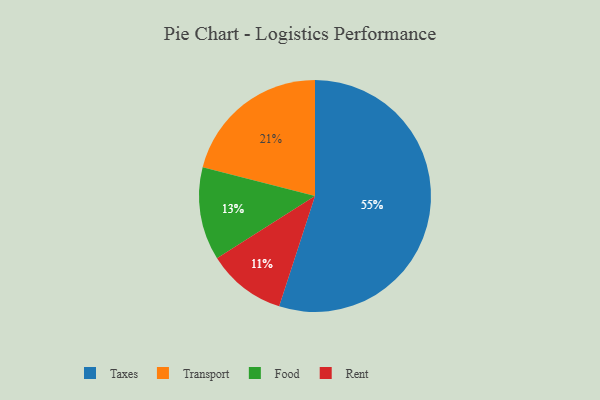
{"axis": {"x": "Category", "y": "Percentage"}, "legend": ["Food", "Rent", "Taxes", "Transport"], "data": [{"x": "Food", "y": 13, "type": "Food"}, {"x": "Transport", "y": 21, "type": "Transport"}, {"x": "Taxes", "y": 55, "type": "Taxes"}, {"x": "Rent", "y": 11, "type": "Rent"}]}